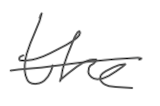
Text: the
Cross-out: single-line
Writing tool: digital_gray